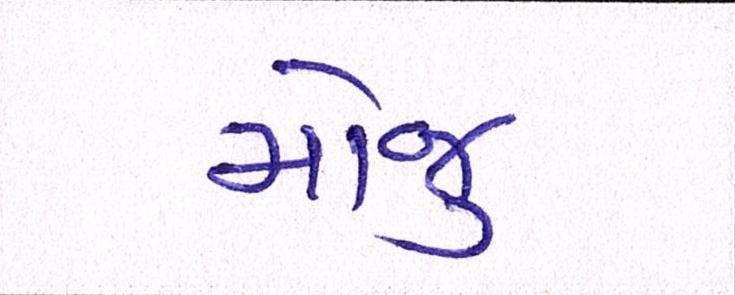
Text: મોજુ